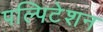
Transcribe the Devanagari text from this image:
पल्पिटेशन